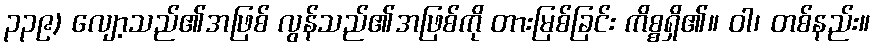
၃၃၉) လျော့သည်၏အဖြစ် လွန်သည်၏အဖြစ်ကို တားမြစ်ခြင်း ကိစ္စရှိ၏။ ဝါ၊ တစ်နည်း။